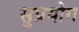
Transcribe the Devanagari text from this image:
सुप्रयोग